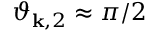
\vartheta _ { \mathbf { k } , 2 } \approx \pi / 2